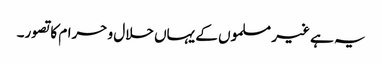
یہ ہے غیر مسلموں کے یہاں حلال و حرام کا تصور۔